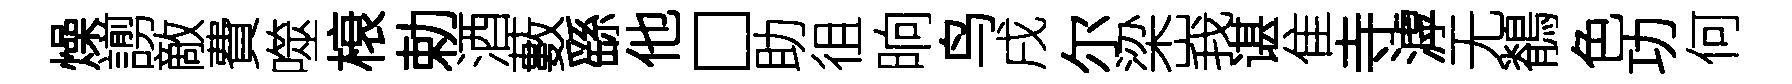
燥謭敵費噬榱勅酒藪繇他□助徂晌鸟戌尔梁峩谌隹寺滹无鶺色功何